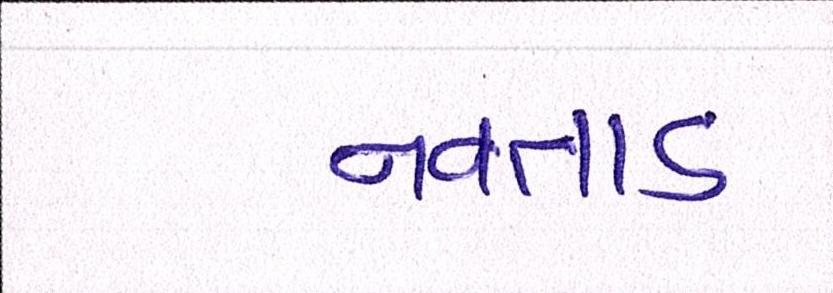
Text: નવતાડ